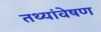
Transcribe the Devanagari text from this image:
तथ्यांवेषण